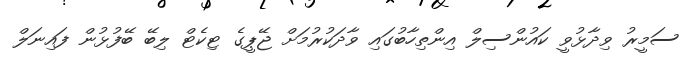
ސަމީރު ވިދާޅުވީ ކައުންސިލް އިންތިހާބުގައި ވާދަކުރުމަށް ޖޭޕީގެ ޓިކެޓް ލިބޭ ބޭފުޅުން ފައިނަލް